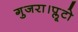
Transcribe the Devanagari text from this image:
गुजरा।प्लूटो